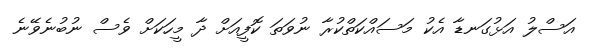
އަސްލު އަޅުގަނޑާ އެކު މަސައްކަތްކުރާ ނުވަތަ ކޮފީއަށް ދާ މީހަކަށް ވެސް ނުބުނެވޭނެ